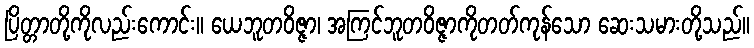
ပြိတ္တာတို့ကိုလည်းကောင်း။ ယေဘူတဝိဇ္ဇာ၊ အကြင်ဘူတဝိဇ္ဇာကိုတတ်ကုန်သော ဆေးသမားတို့သည်။